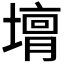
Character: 𡐴